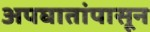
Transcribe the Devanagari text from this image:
अपघातांपासून